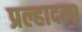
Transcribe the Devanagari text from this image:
प्रल्हादला